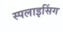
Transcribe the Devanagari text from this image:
स्पलाइसिंग